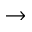
\rightarrow